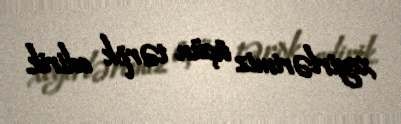
xeyirlərimiz üçün tərpk edirik.